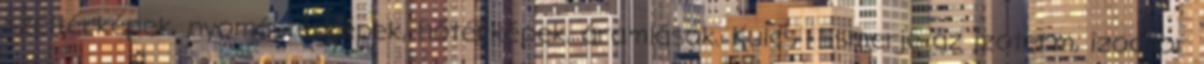
széltérképek, nyomástérképek, hőtérképek, áramlások. Kulcs Ismerje az izoterm, izochor